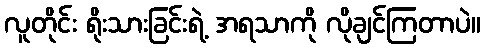
လူတိုင်း ရိုးသားခြင်းရဲ့ အရသာကို လိုချင်ကြတာပဲ။